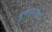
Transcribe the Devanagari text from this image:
मुरारराव